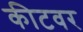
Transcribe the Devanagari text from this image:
कीटवर